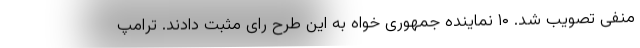
منفی تصویب شد. ۱۰ نماینده جمهوری خواه به این طرح رای مثبت دادند. ترامپ